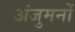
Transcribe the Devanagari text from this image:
अंजुमनों